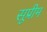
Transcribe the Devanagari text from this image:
सूप्रीम